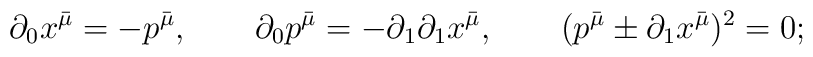
\qquad \partial_0 x^{\bar\mu}=-p^{\bar\mu}, \qquad \partial_0 p^{\bar\mu}=-\partial_1\partial_1 x^{\bar\mu}, \qquad (p^{\bar\mu}\pm\partial_1 x^{\bar\mu})^2=0;